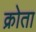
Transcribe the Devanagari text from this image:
क्रोता